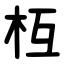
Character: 枑